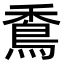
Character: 穒